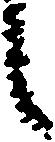
候